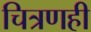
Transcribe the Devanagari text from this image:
चित्रणही